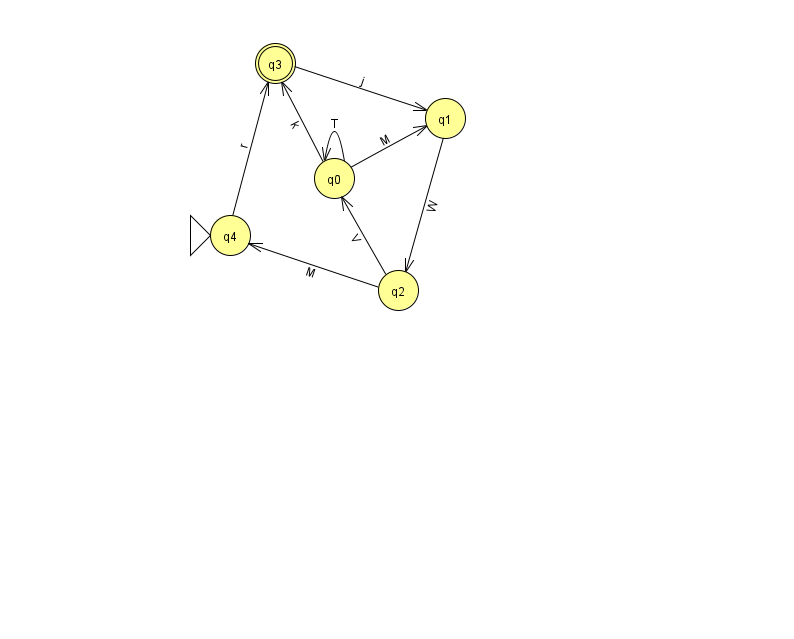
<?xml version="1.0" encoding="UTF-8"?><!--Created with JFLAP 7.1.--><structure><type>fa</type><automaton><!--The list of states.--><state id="0" name="q0"><x>334.0</x><y>165.0</y></state><state id="1" name="q1"><x>445.0</x><y>105.0</y></state><state id="2" name="q2"><x>398.0</x><y>277.0</y></state><state id="3" name="q3"><x>275.0</x><y>50.0</y><final/></state><state id="4" name="q4"><x>230.0</x><y>222.0</y><initial/></state><!--The list of transitions.--><transition><from>0</from><to>3</to><read>k</read></transition><transition><from>4</from><to>3</to><read>r</read></transition><transition><from>0</from><to>0</to><read>T</read></transition><transition><from>3</from><to>1</to><read>j</read></transition><transition><from>2</from><to>0</to><read>V</read></transition><transition><from>2</from><to>4</to><read>M</read></transition><transition><from>0</from><to>1</to><read>M</read></transition><transition><from>1</from><to>2</to><read>W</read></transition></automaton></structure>